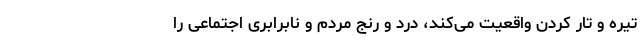
تیره و تار کردن واقعیت می‌کند، درد و رنج مردم و نابرابری اجتماعی را